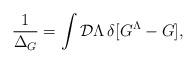
LaTeX: \begin{align*}{1\over\Delta_G}=\int{\cal D}\Lambda\,\delta[G^{\Lambda}-G],\end{align*}